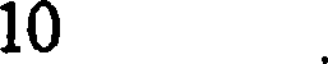
10